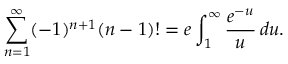
\sum _ { n = 1 } ^ { \infty } ( - 1 ) ^ { n + 1 } ( n - 1 ) ! = e \int _ { 1 } ^ { \infty } { \frac { e ^ { - u } } { u } } \, d u .